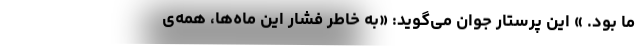
ما بود. » این پرستار جوان می‌گوید: «به خاطر فشار این ماه‌ها، همه‌ی